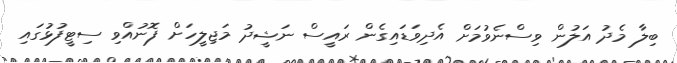
ބިލާ މެދު އަލުން ވިސްނެވުމަށް އެދިވަޑައިގެން ރައީސް ނަޝީދު މަޖިލީހަށް ފޮނުއްވި ސިޓީފުޅުގައި